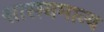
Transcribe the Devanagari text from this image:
शासनमान्‍य